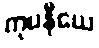
ကုပနီယေ